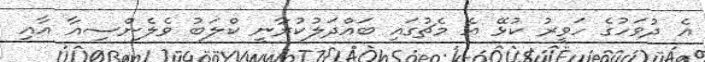
އެ ދުވަހުގެ ހަވީރު ކުޅޭ އެ މެޗުގައި ބައްދަލުކުރާނީ ކްލަބު ވެލެންސިއާ އާއި